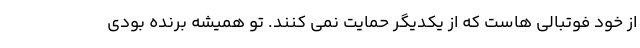
از خود فوتبالی هاست که از یکدیگر حمایت نمی کنند. تو همیشه برنده بودی